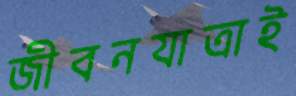
জীবনযাত্রাই